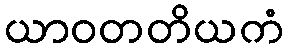
ယာဝတတိယကံ